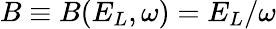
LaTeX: B\equiv B(E_{L},\omega)=E_{L}/\omega